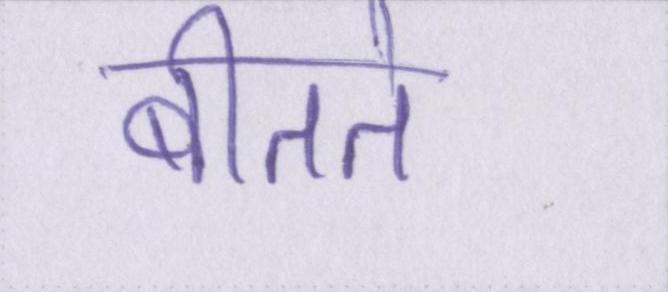
बीतते